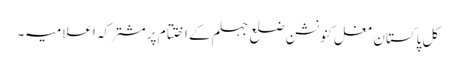
کل پاکستان مغل کنونشن ضلع جہلم کے اختتام پر مشترکہ اعلامیہ ۔